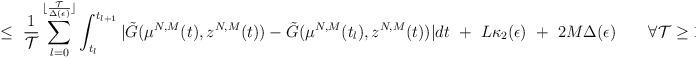
LaTeX: \begin{align*}\leq \ \frac{1}{\mathcal{T}}\sum_{l=0}^{\lfloor \frac{\mathcal{T}}{\Delta(\epsilon)} \rfloor}\int_{t_l}^{t_{l+1}}|\tilde G(\mu^{N,M}(t),z^{N,M}(t)) - \tilde G( \mu^{N,M}(t_l), z^{N,M}(t))|dt \ + \ L \kappa_2(\epsilon) \ + \ 2M\Delta(\epsilon) \ \ \ \ \ \ \forall \mathcal{T} \geq 1,\end{align*}